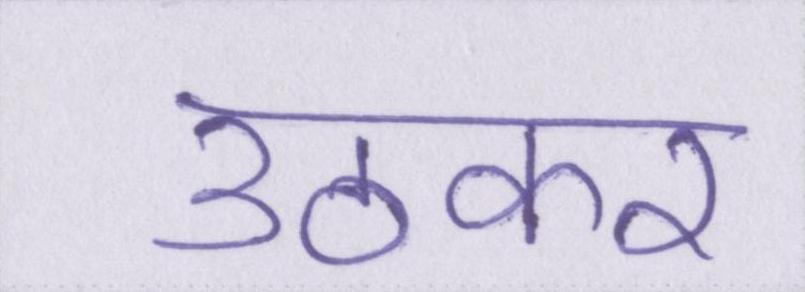
उठकर